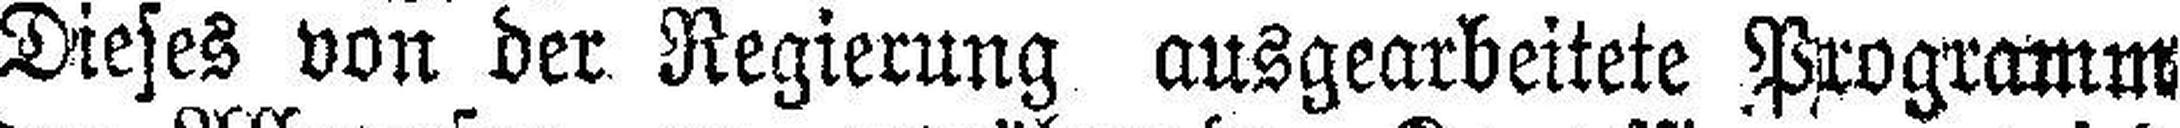
Dieses von der Regierung ausgearbeitete Programm